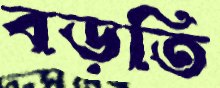
বড়তি